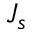
J _ { s }